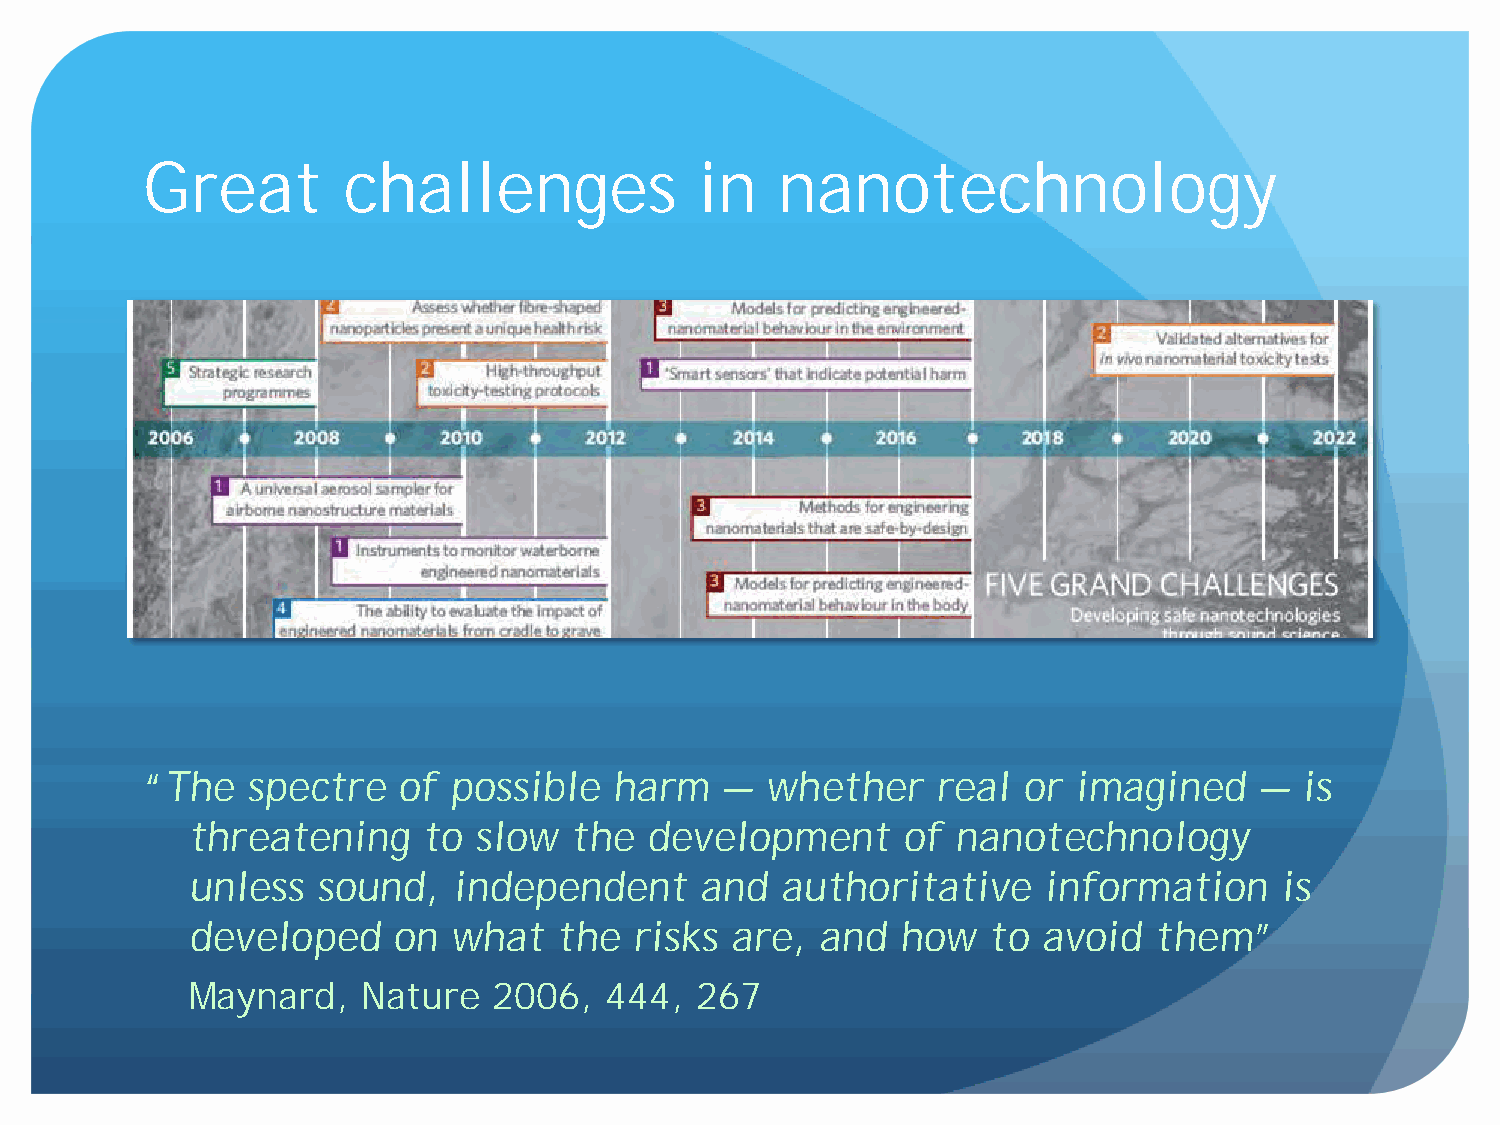
Great         challenges             in    nanotechnology
 “The   spectre   of  possible   harm   —  whether    real  or imagined    —  is
 threatening     to slow   the  development      of nanotechnology
 unless   sound,   independent     and   authoritative    information     is
 developed     on  what   the  risks are,  and   how   to avoid  them”
 Maynard,    Nature   2006,  444,  267